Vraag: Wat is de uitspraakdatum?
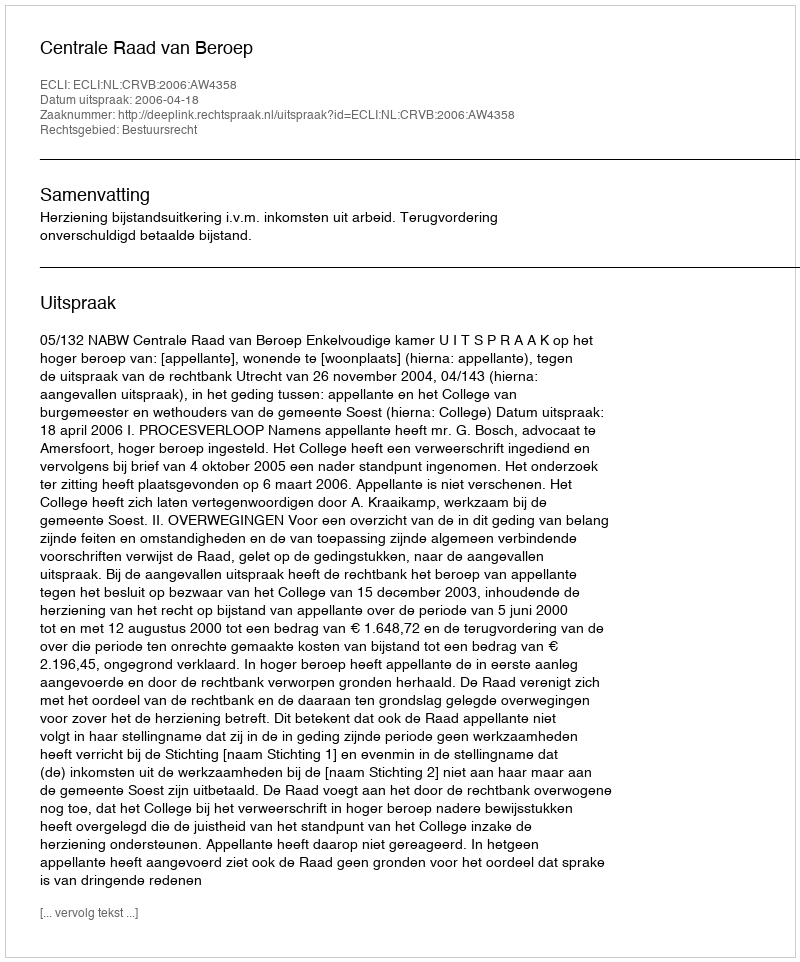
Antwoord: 2006-04-18